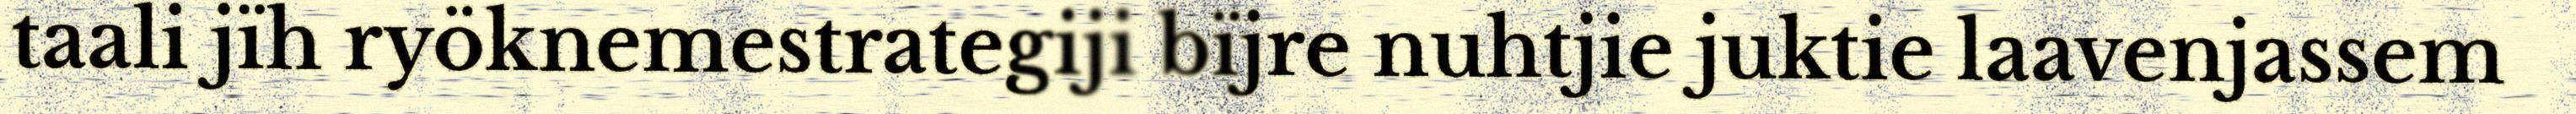
taali jïh ryöknemestrategiji bïjre nuhtjie juktie laavenjassem